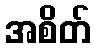
အစိတ်